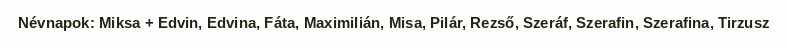
Névnapok: Miksa + Edvin, Edvina, Fáta, Maximilián, Misa, Pilár, Rezső, Szeráf, Szerafin, Szerafina, Tirzusz